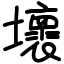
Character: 壞